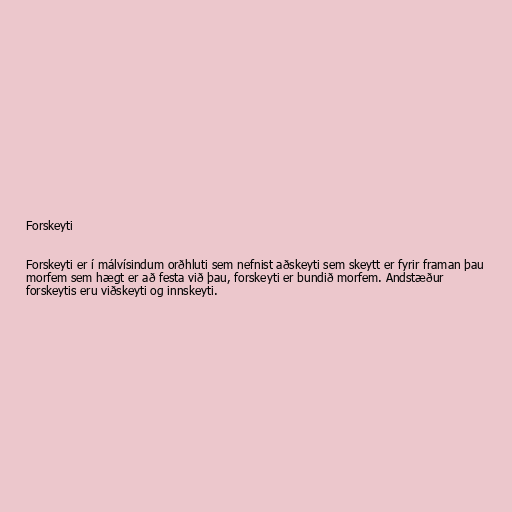
Forskeyti

Forskeyti er í málvísindum orðhluti sem nefnist aðskeyti sem skeytt er fyrir framan þau
morfem sem hægt er að festa við þau, forskeyti er bundið morfem. Andstæður
forskeytis eru viðskeyti og innskeyti.